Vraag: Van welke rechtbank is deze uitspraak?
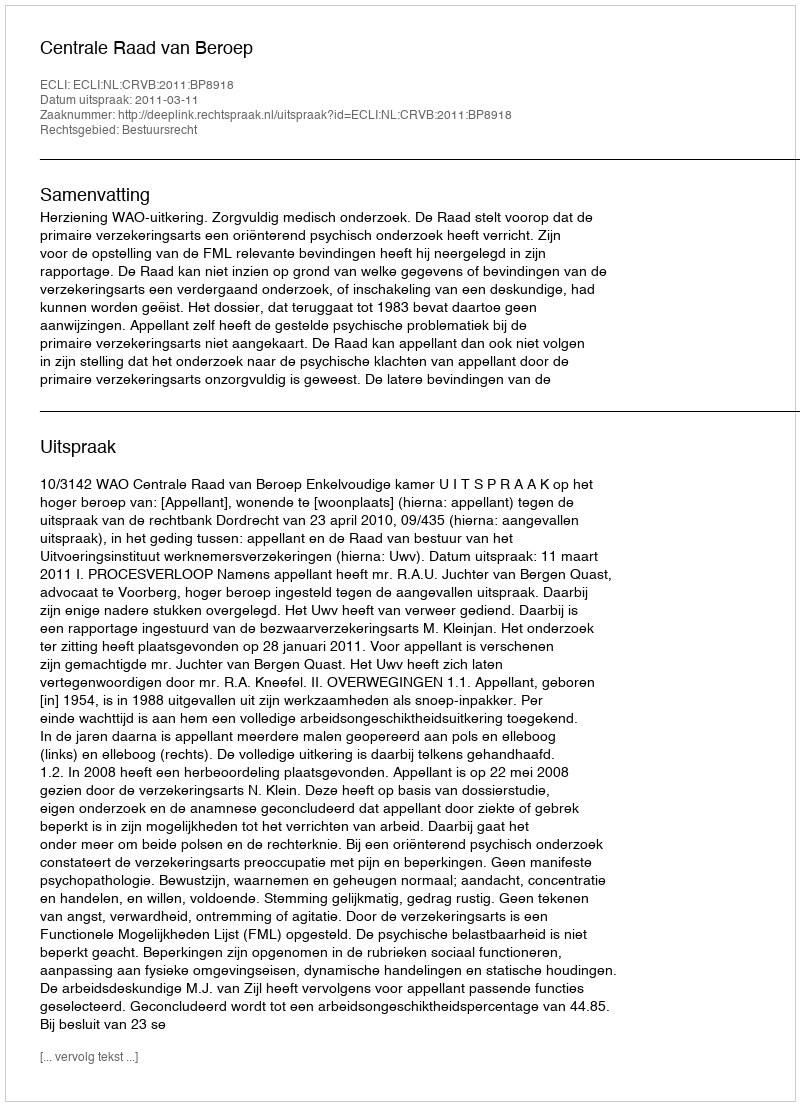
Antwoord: Centrale Raad van Beroep